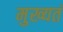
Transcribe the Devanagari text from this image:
मुख्यतं